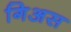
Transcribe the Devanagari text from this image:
गिअस